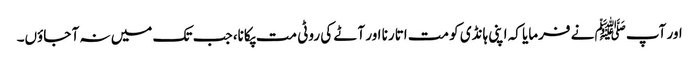
اور آپﷺ نے فرمایا کہ اپنی ہانڈی کو مت اتارنا اور آٹے کی روٹی مت پکانا، جب تک میں نہ آ جاؤں۔